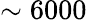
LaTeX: \sim 6000